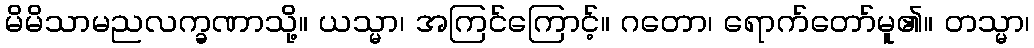
မိမိသာမညလက္ခဏာသို့။ ယသ္မာ၊ အကြင်ကြောင့်။ ဂတော၊ ရောက်တော်မူ၏။ တသ္မာ၊